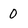
Character: 0